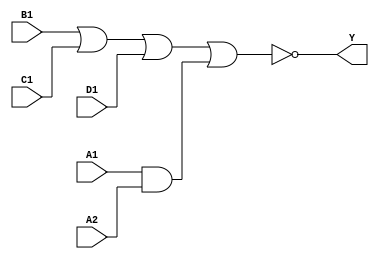
module sky130_fd_sc_ls__a2111oi (
    Y ,
    A1,
    A2,
    B1,
    C1,
    D1
);

    // Module ports
    output Y ;
    input  A1;
    input  A2;
    input  B1;
    input  C1;
    input  D1;

    // Module supplies
    supply1 VPWR;
    supply0 VGND;
    supply1 VPB ;
    supply0 VNB ;

    // Local signals
    wire and0_out  ;
    wire nor0_out_Y;

    //  Name  Output      Other arguments
    and and0 (and0_out  , A1, A2              );
    nor nor0 (nor0_out_Y, B1, C1, D1, and0_out);
    buf buf0 (Y         , nor0_out_Y          );

endmodule